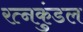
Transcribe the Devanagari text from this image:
रत्नकुंडल